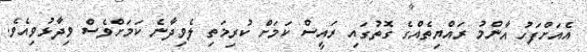
އެއަށްފަހު އާންމު ރައްޔިތެއްގެ ގޮތުގައި ރައީސް ކަމަށް ކުރިމަތި ލެވިދާނެ ކަމަށްވެސް ވިދާޅުވިއެވެ.